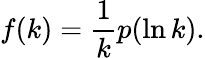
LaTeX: f(k)=\frac{1}{k}p(\ln k).